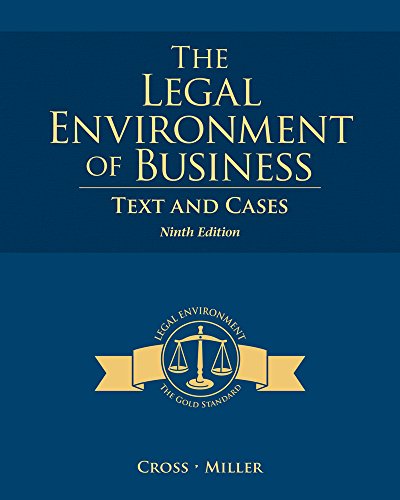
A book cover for The Legal Environment of Business: Text and Cases; Frank B. Cross; Law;